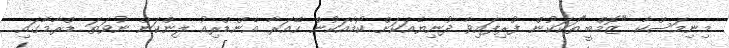
މިނިމަސްކާ "ޒޮމްބީ"ތަކަކުން ފުރިފައިވާ ދުނިޔެއަކަށް ކޯމާއަކުން ހޭއަރާ އެންޑްރިއު ލިންކަން ނުވަތަ ޑްރާމާގައި